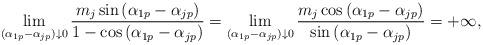
LaTeX: \begin{align*} \lim\limits_{(\alpha_{1p}-\alpha_{jp})\downarrow 0}\frac{m_{j}\sin{(\alpha_{1p}-\alpha_{jp})}}{1-\cos{(\alpha_{1p}-\alpha_{jp})}}=\lim\limits_{(\alpha_{1p}-\alpha_{jp})\downarrow 0}\frac{m_{j}\cos{(\alpha_{1p}-\alpha_{jp})}}{\sin{(\alpha_{1p}-\alpha_{jp})}}=+\infty, \end{align*}